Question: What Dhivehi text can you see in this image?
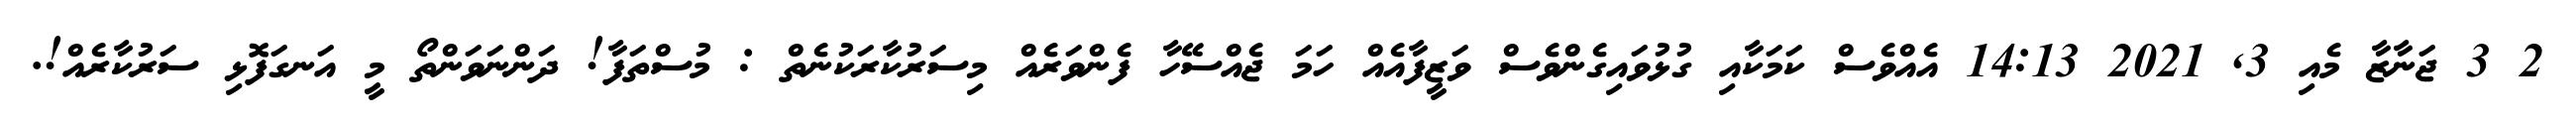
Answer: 2 3 ޖަނާޒާ މެއި 3, 2021 14:13 އެއްވެސް ކަމަކާއި ގުޅުވައިގެންވެސް ވަޒީފާއެއް ހަމަ ޖެއްސޭހާ ފެންވަރެއް މިސަރުކާރަކުނެތް : މުސްތަފާ! ދަންނަވަންތޯ މީ އަނގަފޮޅި ސަރުކާރެއް!.